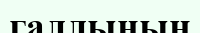
галлының